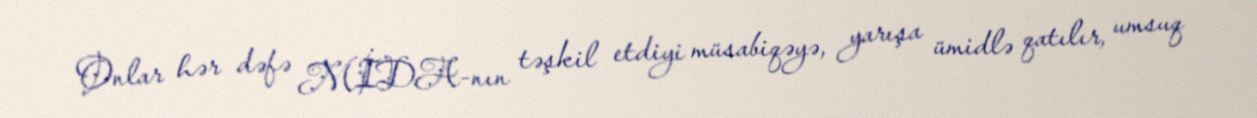
Onlar hər dəfə MİDA-nın təşkil etdiyi müsabiqəyə, yarışa ümidlə qatılır, umsuq